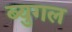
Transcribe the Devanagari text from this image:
ब्युगल